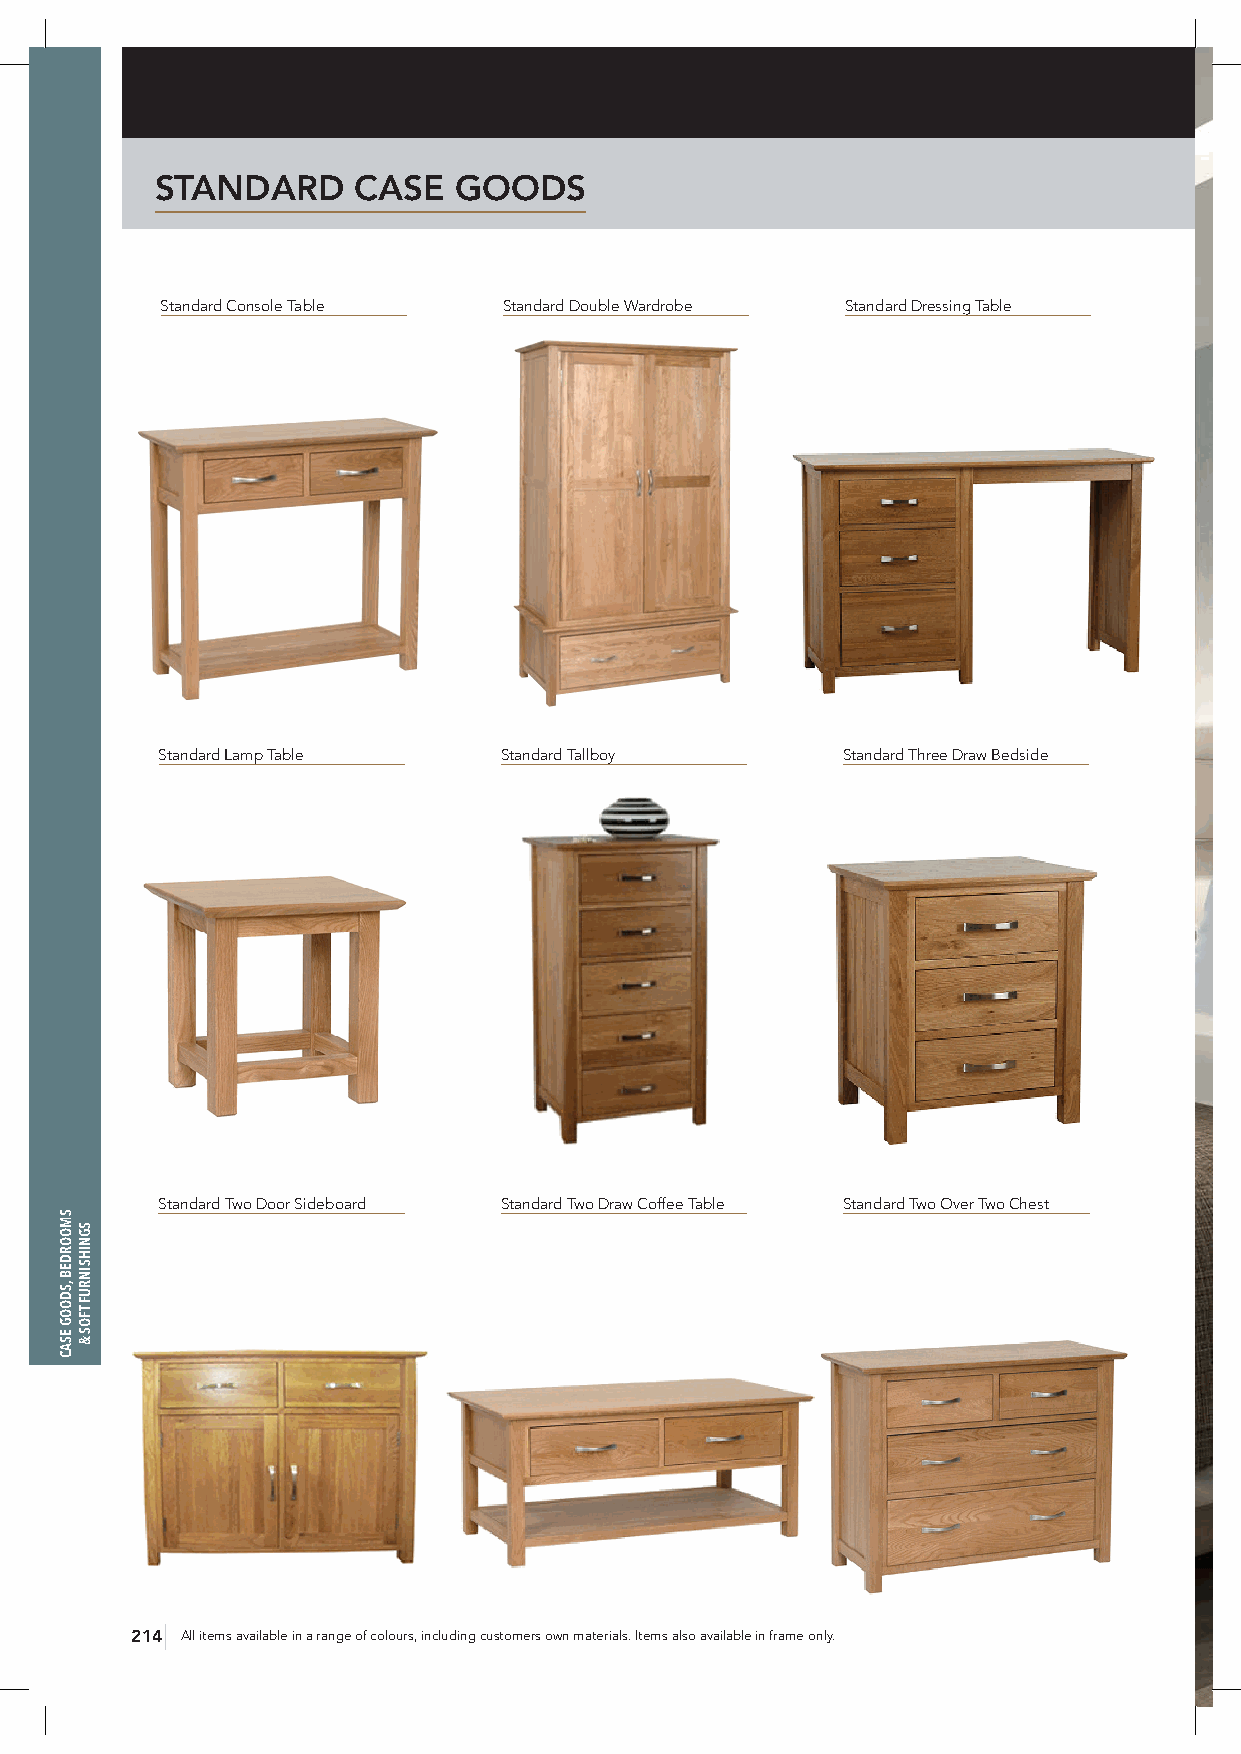
STANDARD     CASE   GOODS
 Standard Console Table Standard Double Wardrobe Standard Dressing Table
 Standard Lamp Table    Standard Tallboy       Standard Three Draw Bedside
 Standard Two Door Sideboard Standard Two Draw Coffee Table Standard Two Over Two Chest
 214 All items available in a range of colours, including customers own materials. Items also available in frame only.
 SMOORDEB
 ,SDOOG
 ESAC
 SGNIHSINRUF
 TFOS
 &